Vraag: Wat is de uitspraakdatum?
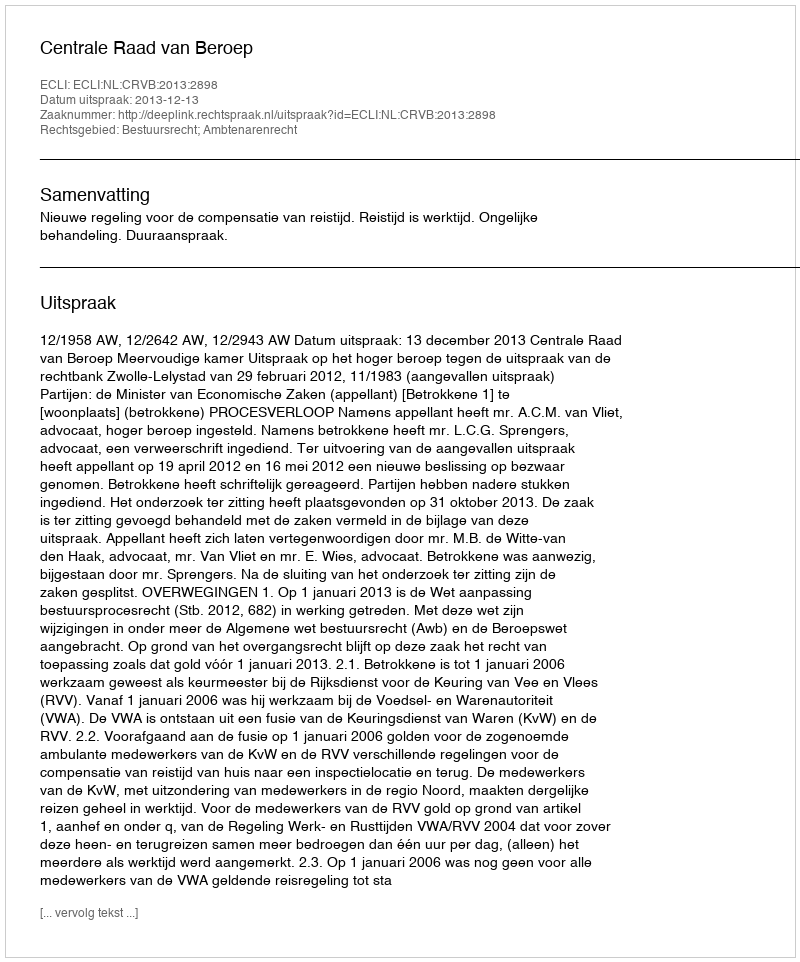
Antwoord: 2013-12-13